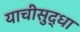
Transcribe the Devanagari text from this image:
याचीसुद्धा